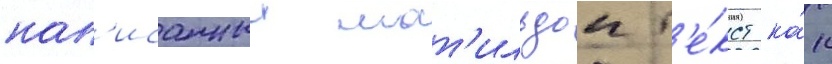
нап'исанныи мат'ильдои т'е́кст ка́к